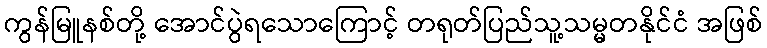
ကွန်မြူနစ်တို့ အောင်ပွဲရသောကြောင့် တရုတ်ပြည်သူ့သမ္မတနိုင်ငံ အဖြစ်